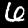
Label: 6